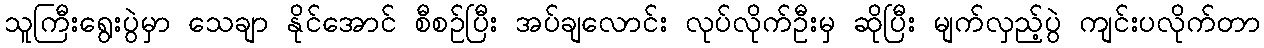
သူကြီးရွေးပွဲမှာ သေချာ နိုင်အောင် စီစဉ်ပြီး အပ်ချလောင်း လုပ်လိုက်ဦးမှ ဆိုပြီး မျက်လှည့်ပွဲ ကျင်းပလိုက်တာ